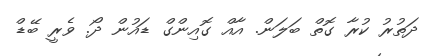
ދަތުރު ކުރާ ގޮތް ބަލަން. އާއް ގޮއިންގް ޑައުން ދޯ. ވެރީ ބޭޑް